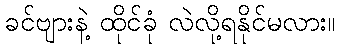
ခင်ဗျားနဲ့ ထိုင်ခုံ လဲလို့ရနိုင်မလား။